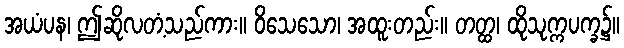
အယံပန၊ ဤဆိုလတံ့သည်ကား။ ဝိသေသော၊ အထူးတည်း။ တတ္ထ၊ ထိုသုက္ကပက္ခ၌။